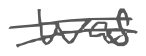
Text: was
Cross-out: mix
Writing tool: digital_gray